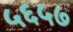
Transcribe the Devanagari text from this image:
५६५७